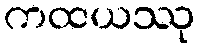
ကထယဿု